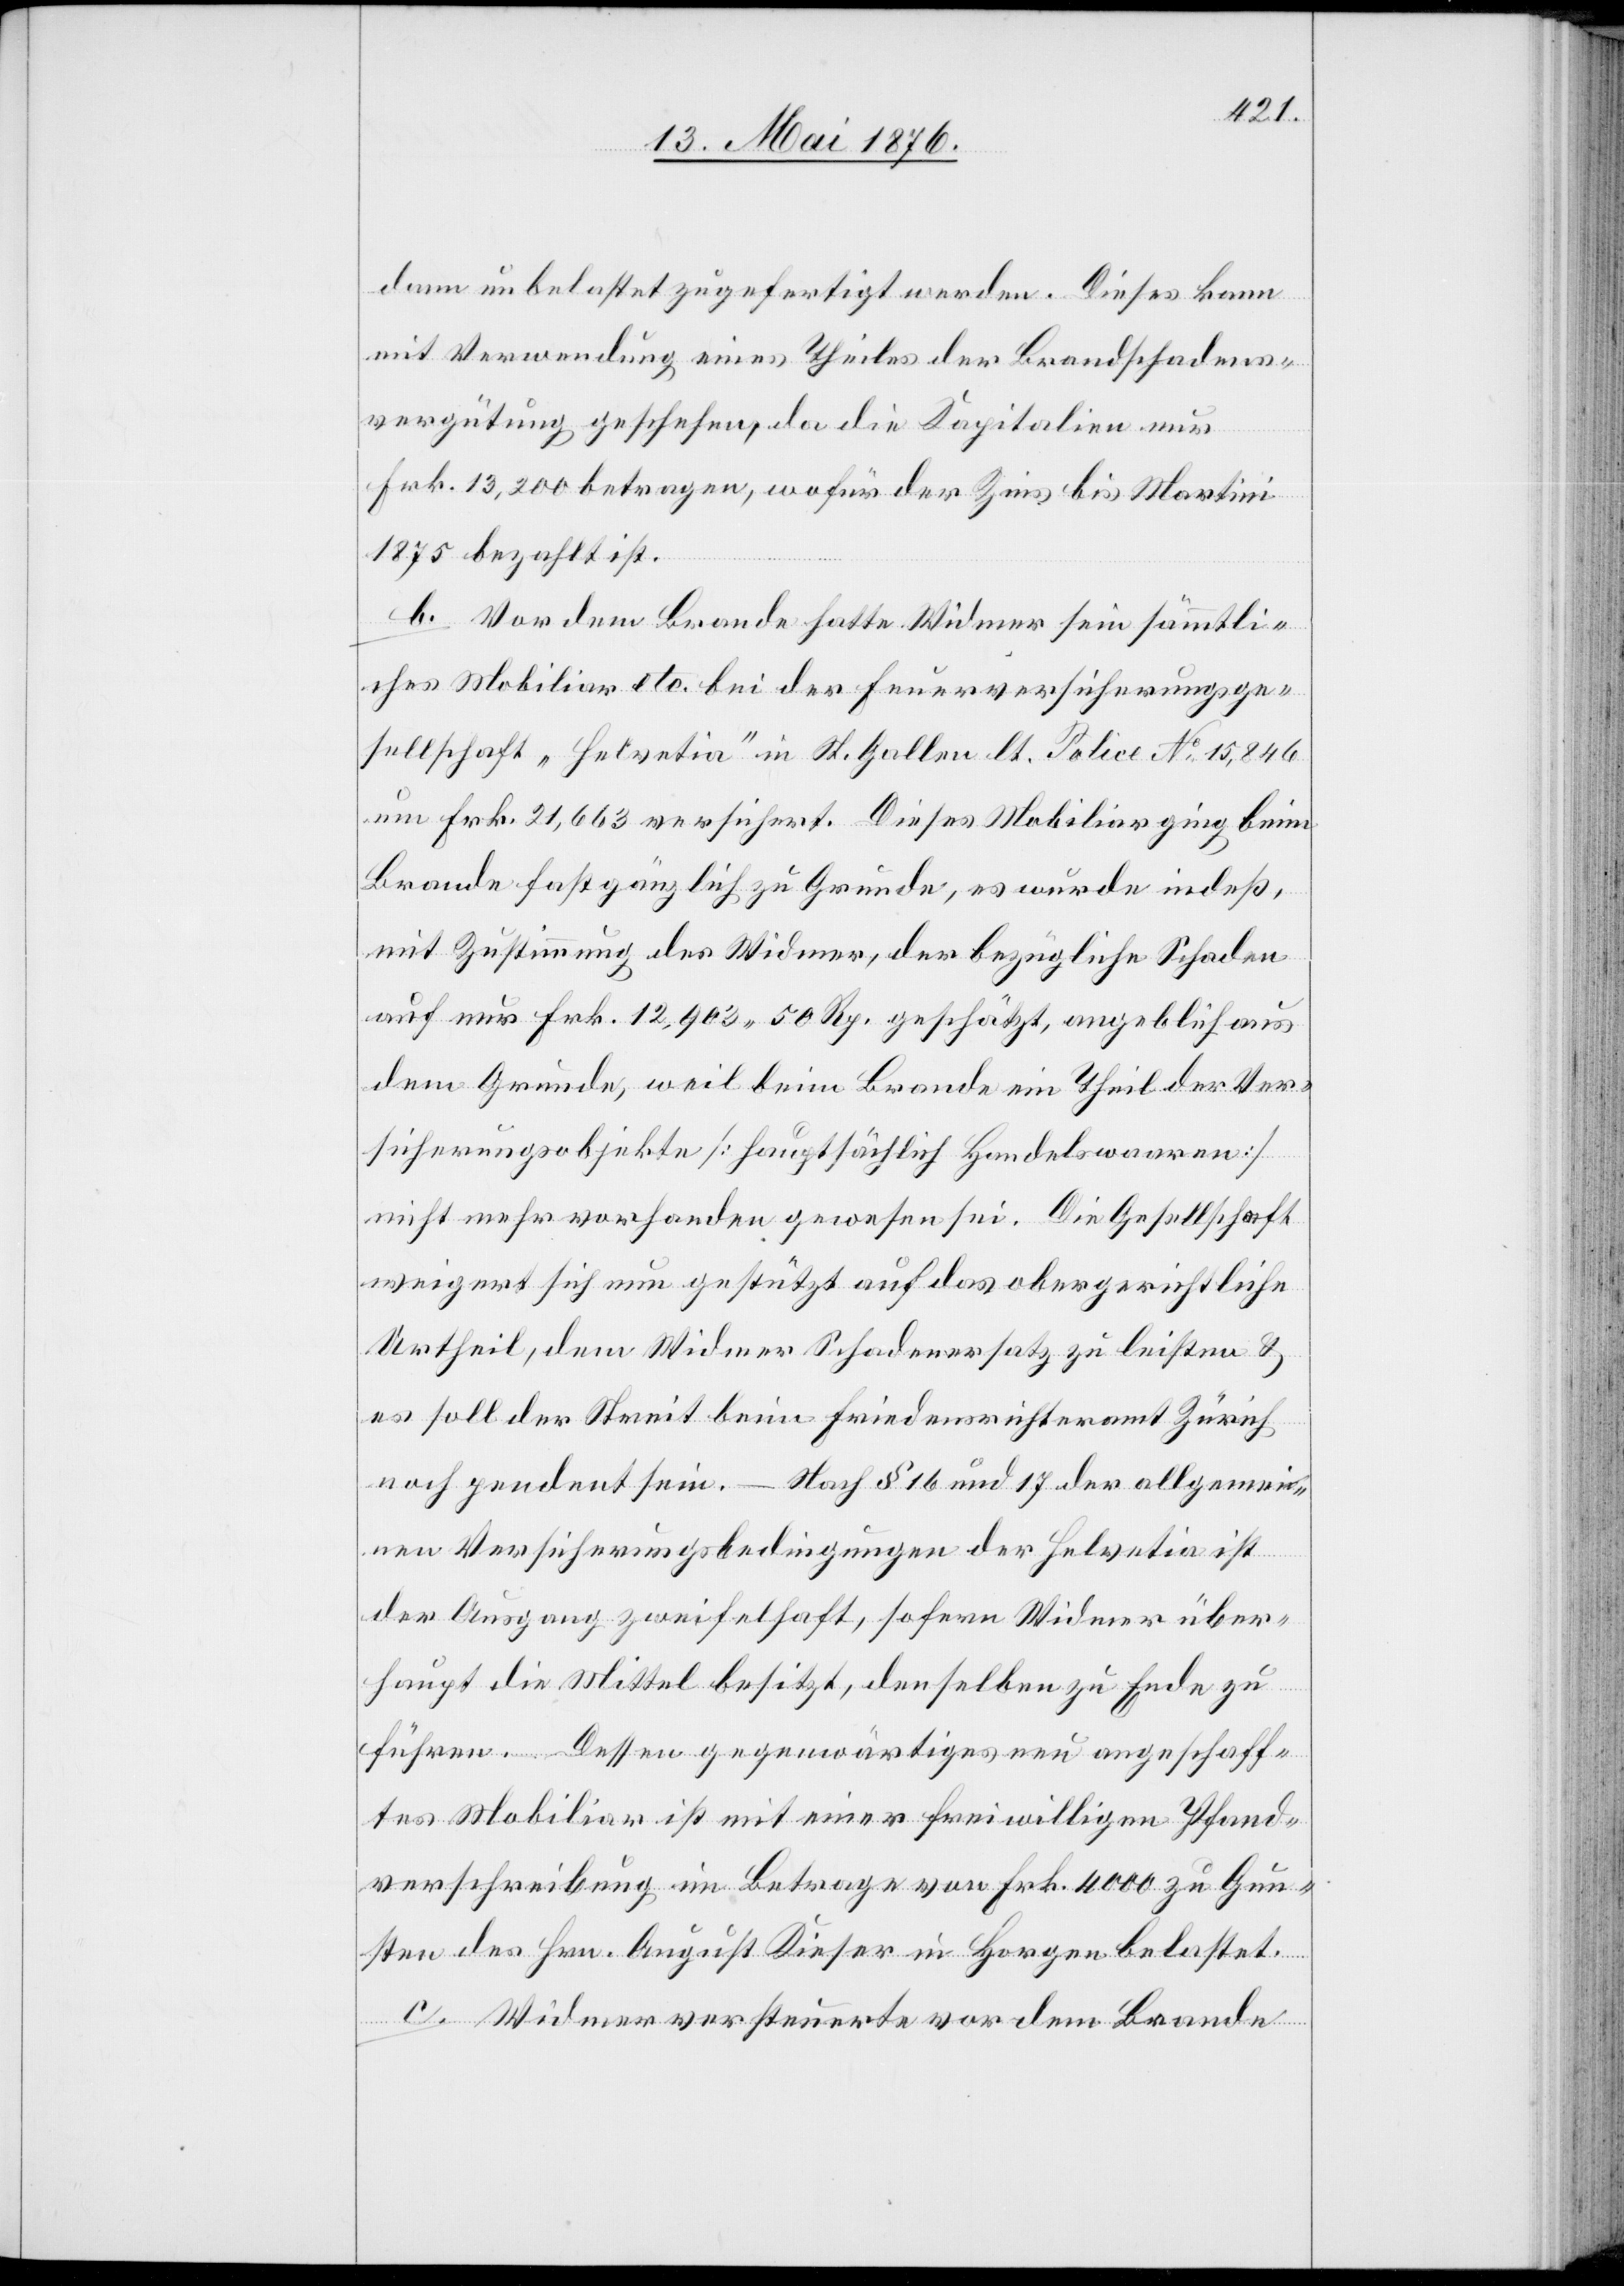
dann unbelastet zugefertigt werden. Dieses kann
mit Verwendung eines Theiles der Brandschadens¬
vergütung geschehen, da die Kapitalien nur
Frk. 13,200 betragen, wofür der Zins bis Martini
1875 bezahlt ist.
b. Vor dem Brande hatte Widmer sein sämmtli¬
ches Mobiliar etc. bei der Feuerversicherungsge¬
sellschaft „Helvetia“ in St. Gallen lt. Police No 15,846
um Frk. 21,663 versichert. Dieses Mobiliar ging beim
Brande fast gänzlich zu Grunde, es wurde indeß,
mit Zustimmung des Widmer, der bezügliche Schaden
auf nur Frk. 12,903 50 Rp. geschätzt, angeblich aus
dem Grunde, weil beim Brande ein Theil der Ver¬
sicherungsobjekte [hauptsächlich Handelswaaren]
nicht mehr vorhanden gewesen sei. Die Gesellschaft
weigert sich nun gestützt auf das obergerichtliche
Urtheil, dem Widmer Schadenersatz zu leisten &
es soll der Streit beim Friedensrichteramt Zürich
noch pendent sein. – Nach § 16 und 17 der allgemei¬
nen Versicherungsbedingungen der Helvetia ist
der Ausgang zweifelhaft, sofern Widmer über¬
haupt die Mittel besitzt, denselben zu Ende zu
führen. Dessen gegenwärtiges nun angeschaff¬
tes Mobiliar ist mit einer freiwilligen Pfand¬
verschreibung im Betrage von Frk. 4000 zu Gun¬
sten des Hrn. August Kieser in Horgen belastet.
c. Widmer versteuerte vor dem Brande